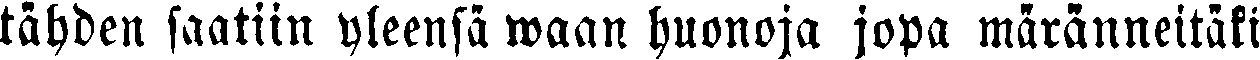
tähden saatiin yleensä waan huonoja jopa märänneitäki